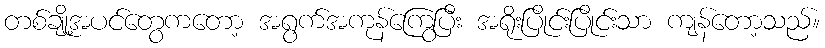
တစ်ချို့အပင်တွေကတော့ အရွက်အကုန်ကြွေပြီး အရိုးပြိုင်းပြိုင်းသာ ကျန်တော့သည်။